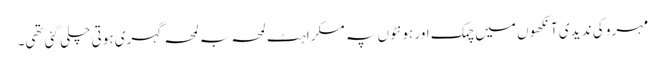
مہرو کی ند یدی آنکھوں میں چمک اور ہونٹوں پہ مسکراہٹ لمحہ بہ لمحہ گہری ہوتی چلی گئی تھی۔